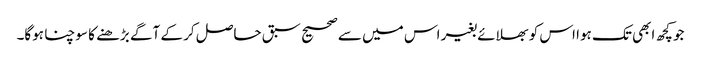
جو کچھ ابھی تک ہوا اس کو بھلائے بغیر اس میں سے صحیح سبق حاصل کر کے آگے بڑھنے کا سوچنا ہوگا۔